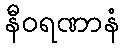
နီဝရဏာနံ